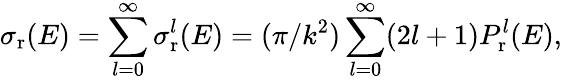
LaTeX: \sigma_{\mathrm{r}}(E)=\sum_{l=0}^{\infty}\sigma_{\mathrm{r}}^{l}(E)=(\pi/k^{2})\sum_{l=0}^{\infty}(2l+1)P_{\mathrm{r}}^{l}(E),